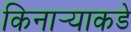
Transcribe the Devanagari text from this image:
किनार्‍याकडे